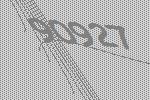
90927